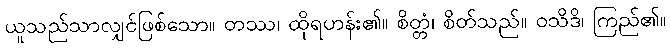
ယူသည်သာလျှင်ဖြစ်သော။ တဿ၊ ထိုရဟန်း၏။ စိတ္တံ၊ စိတ်သည်။ ဝသိဒိ၊ ကြည်၏။